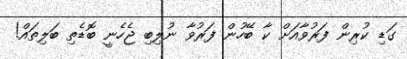
ގަޑި ކުރިން ފަރުވާއަށް ކާ ބޭހުން ފަރުވާ ނުލިބި ޖެހެނީ ބޮޑެތި ބަލިތައް!